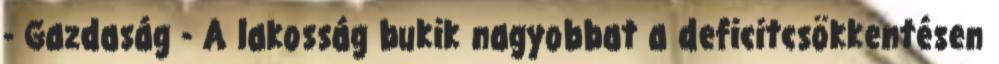
- Gazdaság - A lakosság bukik nagyobbat a deficitcsökkentésen